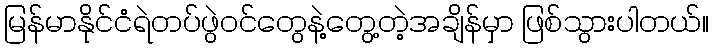
မြန်မာနိုင်ငံရဲတပ်ဖွဲဝင်တွေနဲ့တွေ့တဲ့အချိန်မှာ ဖြစ်သွားပါတယ်။